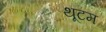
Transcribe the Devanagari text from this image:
थूटम